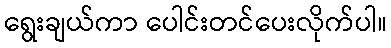
ရွေးချယ်ကာ ပေါင်းတင်ပေးလိုက်ပါ။